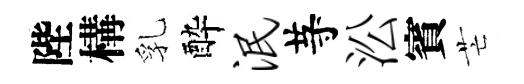
陛構乳酔泯䒭㳂賓芒